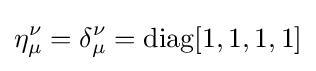
\eta _{\mu }^{\nu }=\delta _{\mu }^{\nu }=\operatorname {diag} [1,1,1,1]